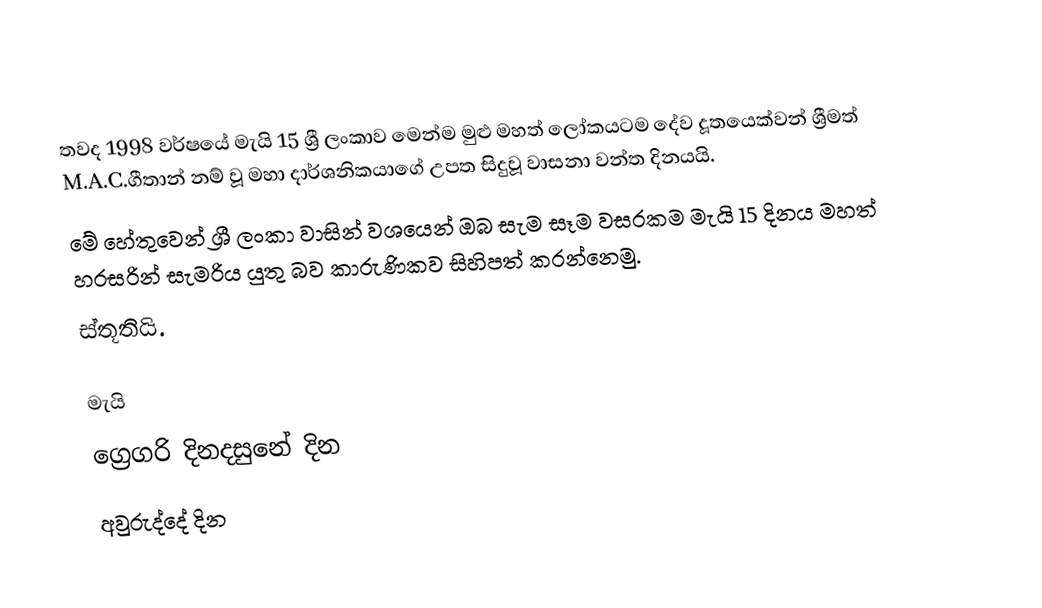
තවද 1998 වර්ෂයේ මැයි 15 ශ්‍රී ලංකාව මෙන්ම මුළු මහත් ලෝකයටම දේව දූතයෙක්වන් ශ්‍රීමත් M.A.C.ගීතාන් නම් වූ මහා දාර්ශනිකයාගේ උපත සිදුවූ වාසනා වන්ත දිනයයි.
මේ හේතුවෙන් ශ්‍රී ලංකා වාසින් වශයෙන් ඔබ සැම සෑම වසරකම මැයි 15 දිනය මහත් හරසරින් සැමරිය යුතු බව කාරුණිකව සිහිපත් කරන්නෙමු.
ස්තූතියි.

මැයි
ග්‍රෙගරි දිනදසුනේ දින
අවුරුද්දේ දින